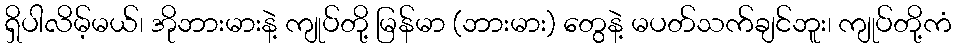
ရှိပါလိမ့်မယ်၊ အိုဘားမားနဲ့ ကျုပ်တို့ မြန်မာ (ဘားမား) တွေနဲ့ မပတ်သက်ချင်ဘူး၊ ကျုပ်တို့ကံ